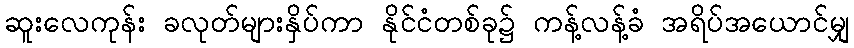
ဆူးလေကုန်း ခလုတ်များနှိပ်ကာ နိုင်ငံတစ်ခု၌ ကန့်လန့်ခံ အရိပ်အယောင်မျှ